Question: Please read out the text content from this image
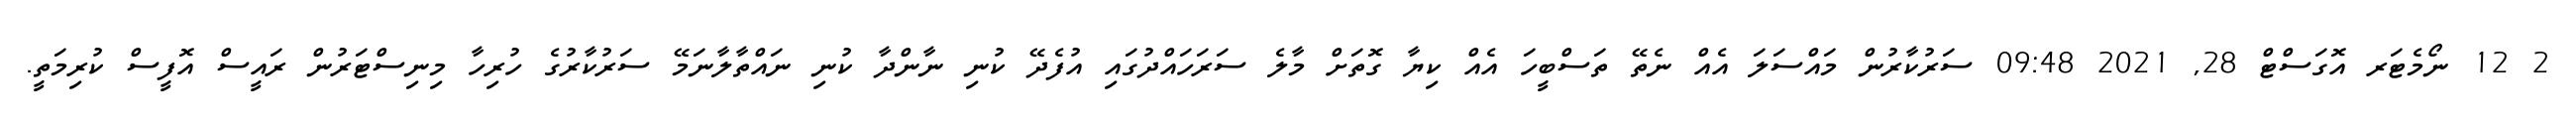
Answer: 2 12 ނޯމެޓަރ އޮގަސްޓް 28, 2021 09:48 ސަރުކާރުން މައްސަލަ އެއް ނެތޭ ތަސްބީހަ އެއް ކިޔާ ގޮތަށް މާލެ ސަރަހައްދުގައި އުފެދޭ ކުނި ނާންދާ ކުނި ނައްތާލާނަމޭ ސަރުކާރުގެ ހުރިހާ މިނިސްޓަރުން ރައީސް އޮފީސް ކުރިމަތީ.